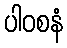
ပါဝစနံ